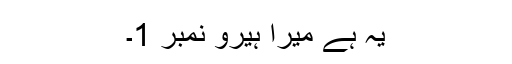
یہ ہے میرا ہیرو نمبر 1۔